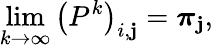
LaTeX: \operatorname*{lim}_{k\rightarrow\infty}\left(P^{k}\right)_{i,\mathbf{j}}={\boldsymbol{\pi}}_{\mathbf{j}},